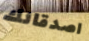
اصدقائك